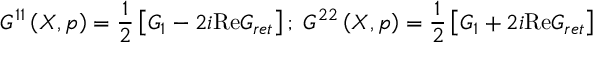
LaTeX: G ^ { 1 1 } \left( X , p \right) = \frac 1 2 \left[ G _ { 1 } - 2 i \mathrm { R e } G _ { r e t } \right] ; \; G ^ { 2 2 } \left( X , p \right) = \frac 1 2 \left[ G _ { 1 } + 2 i \mathrm { R e } G _ { r e t } \right]